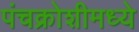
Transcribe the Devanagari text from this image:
पंचक्रोशीमध्ये